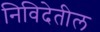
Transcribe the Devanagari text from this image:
निविदेतील